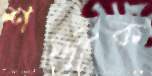
শস্ত্রীক